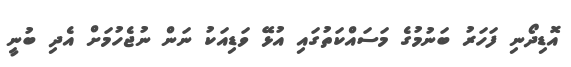
އޮޑިދޯނި ފަހަރު ބަނުމުގެ މަސައްކަތުގައި އުޅޭ ވަޑިއަކު ނަން ނުޖެހުމަށް އެދި ބުނީ